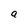
Character: a